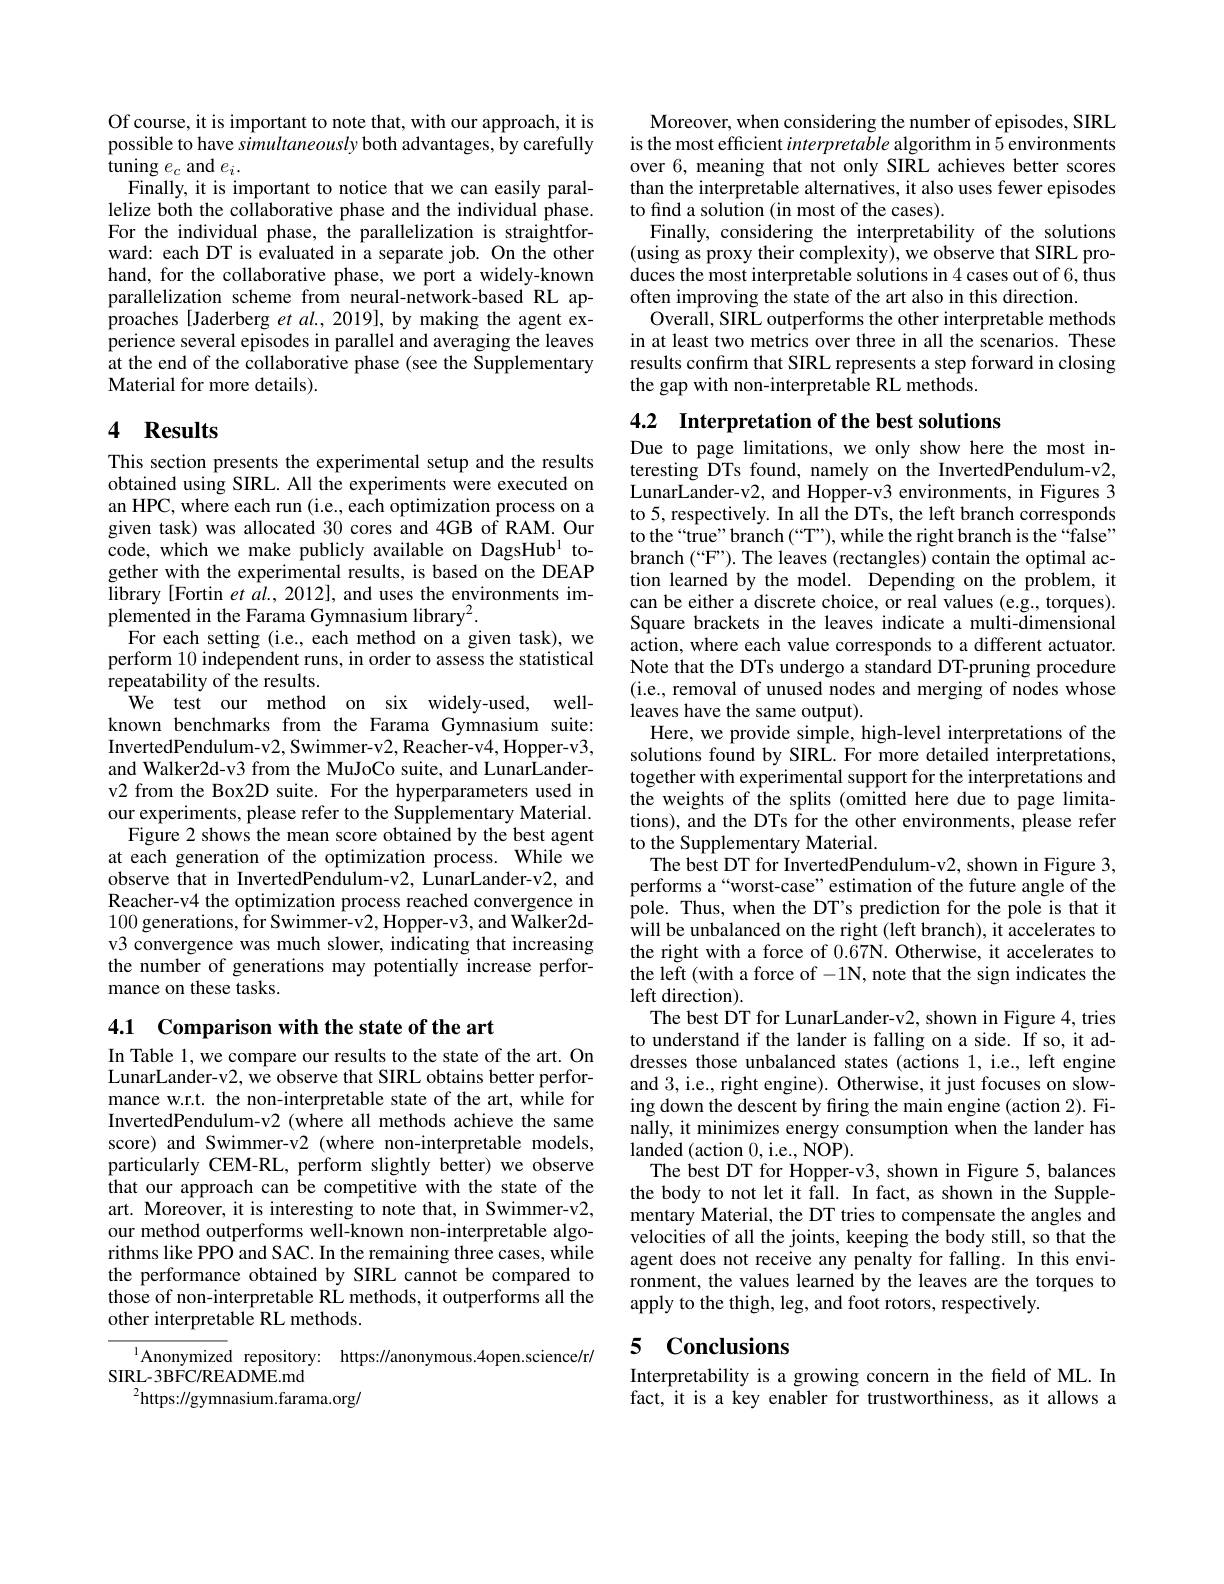
Of course, it is important to note that, with our approach, it is possible to have simultaneously both advantages, by carefully tuning $e_c$ and $e_i.$
Finally, it is important to notice that we can easily parallelize both the collaborative phase and the individual phase. For the individual phase, the parallelization is straightforward: each DT is evaluated in a separate job. On the other hand, for the collaborative phase, we port a widely-known parallelization scheme from neural-network-based RL approaches [Jaderberg et al., 2019], by making the agent experience several episodes in parallel and averaging the leaves at the end of the collaborative phase (see the Supplementary Material for more details).

## 4 Results

This section presents the experimental setup and the results obtained using SIRL. All the experiments were executed on an HPC, where each run (i.e., each optimization process on a given task) was allocated 30 cores and 4GB of RAM. Our code, which we make publicly available on DagsHub$^{1}$ together with the experimental results, is based on the DEAP library [Fortin et al., 2012], and uses the environments implemented in the Farama Gymnasium library$^2.$
For each setting (i.e., each method on a given task), we perform 10 independent runs, in order to assess the statistical repeatability of the results.
 We test our method on six widely-used, wellknown benchmarks from the Farama Gymnasium suite: InvertedPendulum-v2, Swimmer-v2, Reacher-v4, Hopper-v3, and Walker2d-v3 from the MuJoCo suite, and LunarLanderv2 from the Box2D suite. For the hyperparameters used in our experiments, please refer to the Supplementary Material. Figure 2 shows the mean score obtained by the best agent
at each generation of the optimization process. While we observe that in InvertedPendulum-v2, LunarLander-v2, and Reacher-v4 the optimization process reached convergence in 100 generations, for Swimmer-v2, Hopper-v3, and Walker2dv3 convergence was much slower, indicating that increasing the number of generations may potentially increase performance on these tasks.

4.1 Comparison with the state of the art

In Table 1, we compare our results to the state of the art. On LunarLander-v2, we observe that SIRL obtains better performance w.r.t. the non-interpretable state of the art, while for InvertedPendulum-v2 (where all methods achieve the same score) and Swimmer-v2 (where non-interpretable models, particularly CEM-RL, perform slightly better) we observe that our approach can be competitive with the state of the art. Moreover, it is interesting to note that, in Swimmer-v2, our method outperforms well-known non-interpretable algorithms like PPO and SAC. In the remaining three cases, while the performance obtained by SIRL cannot be compared to those of non-interpretable RL methods, it outperforms all the other interpretable RL methods.

$^{1}$Anonymized repository: https://anonymous.4open.science/r/
SIRL-3BFC/README.md
$^{2}$https://gymnasium.farama.org/

Moreover, when considering the number of episodes, SIRL is the most efficient interpretable algorithm in 5 environments over 6, meaning that not only SIRL achieves better scores than the interpretable alternatives, it also uses fewer episodes to find a solution (in most of the cases).
Finally, considering the interpretability of the solutions (using as proxy their complexity), we observe that SIRL produces the most interpretable solutions in 4 cases out of 6, thus often improving the state of the art also in this direction.
Overall, SIRL outperforms the other interpretable methods in at least two metrics over three in all the scenarios. These results confirm that SIRL represents a step forward in closing the gap with non-interpretable RL methods.

4.2 Interpretation of the best solutions

Due to page limitations, we only show here the most interesting DTs found, namely on the InvertedPendulum-v2, LunarLander-v2, and Hopper-v3 environments, in Figures 3 to 5, respectively. In all the DTs, the left branch corresponds to the“true”branch(“T”), while the right branch is the“false” branch (“F”). The leaves (rectangles) contain the optimal action learned by the model. Depending on the problem, it can be either a discrete choice, or real values (e.g., torques). Square brackets in the leaves indicate a multi-dimensional action, where each value corresponds to a different actuator. Note that the DTs undergo a standard DT-pruning procedure (i.e., removal of unused nodes and merging of nodes whose leaves have the same output).
Here, we provide simple, high-level interpretations of the solutions found by SIRL. For more detailed interpretations, together with experimental support for the interpretations and the weights of the splits (omitted here due to page limitations), and the DTs for the other environments, please refer to the Supplementary Material.
The best DT for InvertedPendulum-v2, shown in Figure 3, performs a“worst-case”estimation of the future angle of the pole. Thus, when the DT's prediction for the pole is that it will be unbalanced on the right (left branch), it accelerates to the right with a force of 0.67N. Otherwise, it accelerates to the left (with a force of -1N, note that the sign indicates the left direction).
The best DT for LunarLander-v2, shown in Figure 4, tries to understand if the lander is falling on a side. If so, it addresses those unbalanced states (actions 1, i.e., left engine and 3, i.e., right engine). Otherwise, it just focuses on slowing down the descent by firing the main engine (action 2). Finally, it minimizes energy consumption when the lander has landed (action 0, i.e., NOP).
The best DT for Hopper-v3, shown in Figure 5, balances the body to not let it fall. In fact, as shown in the Supplementary Material, the DT tries to compensate the angles and velocities of all the joints, keeping the body still, so that the agent does not receive any penalty for falling. In this environment, the values learned by the leaves are the torques to apply to the thigh, leg, and foot rotors, respectively.

## 5 Conclusions

Interpretability is a growing concern in the field of ML. In fact, it is a key enabler for trustworthiness, as it allows a